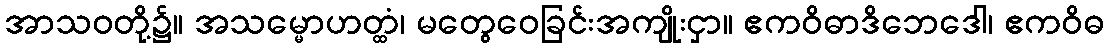
အာသဝတို့၌။ အသမ္မောဟတ္ထံ၊ မတွေဝေခြင်းအကျိုးငှာ။ ဧကဝိဓာဒိဘေဒေါ၊ ဧကဝိဓ